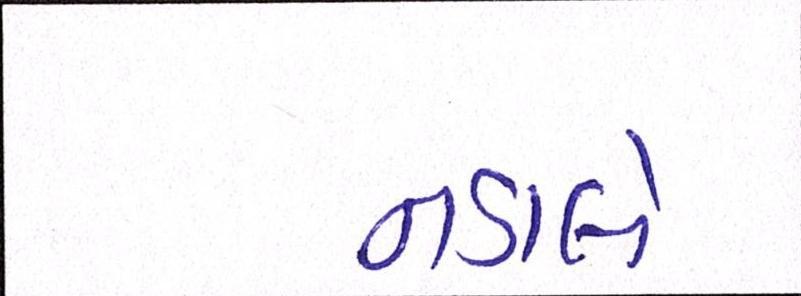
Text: નડાલે